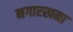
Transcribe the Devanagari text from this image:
नगारखना